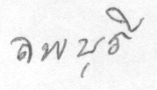
ลพบุรี